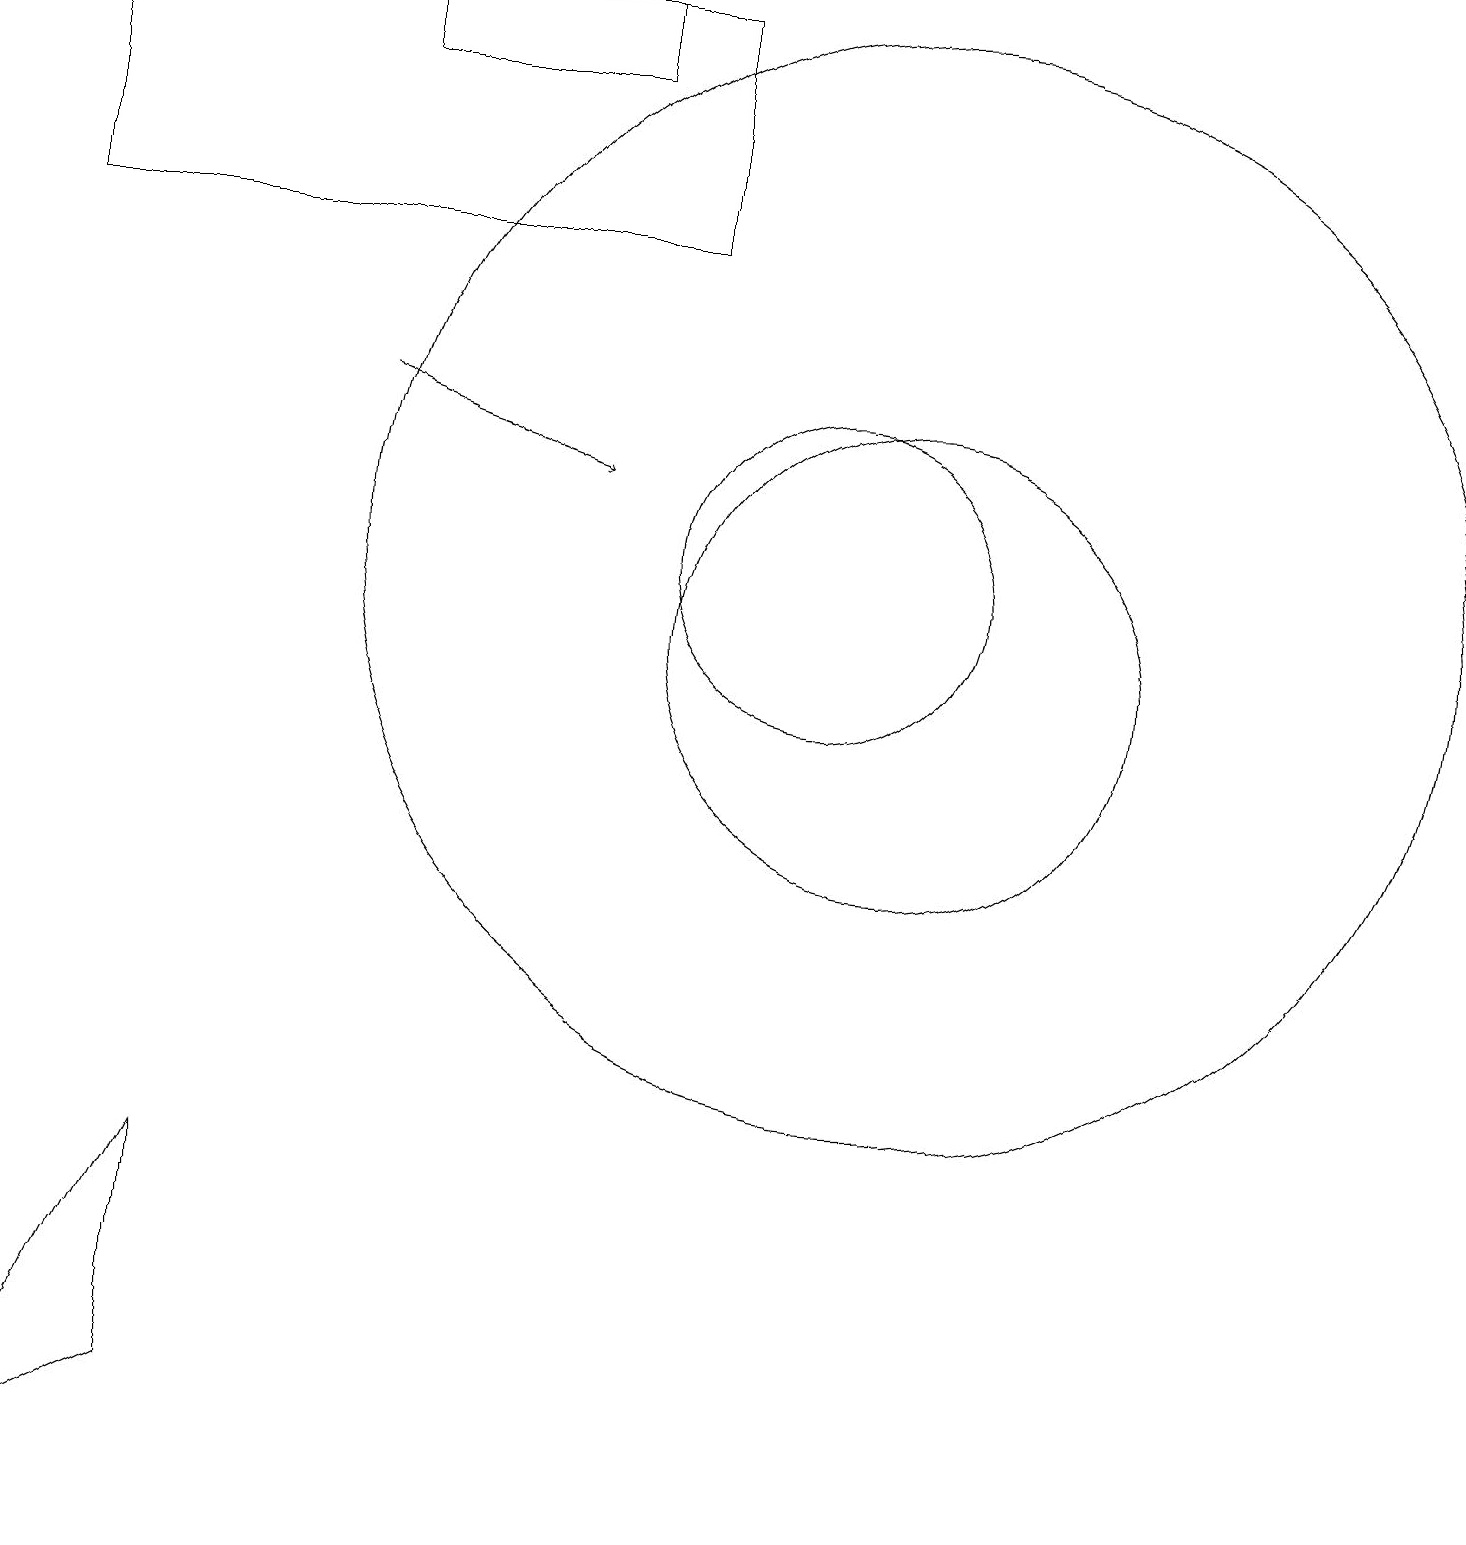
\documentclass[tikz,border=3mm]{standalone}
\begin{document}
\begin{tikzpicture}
\draw (1,19) rectangle (9,16);
\draw (12,11) circle (3);
\draw (3,1) -- (3,4) -- (1,0) -- cycle;
\draw[->] (5,14) -- (8,13);
\draw (11,12) circle (2);
\draw (8,18) rectangle (5,19);
\draw (12,12) circle (7);
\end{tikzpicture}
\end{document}